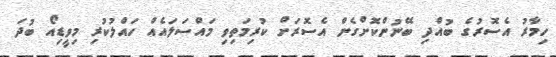
ހިމާރު އެސޮރުގެ ބުއްދި ބޭނުންކޮށްގެން އެސޮރަށް ކުރިމަތިވި މައްސަލައެއް ހައްލުކުރި މިވީޑިއޯ ބުދަ